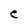
Character: e